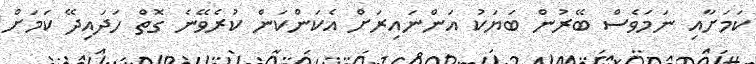
ކަމަށާއި ނަމަވެސް ބޭރުން ބަޔަކު އަންނައިރަށް އެކަންކަން ކުރެވޭނެ ގޮތް ހަދައިދޭ ކަމަށް